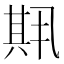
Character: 𫤱